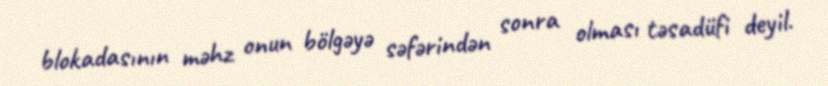
blokadasının məhz onun bölgəyə səfərindən sonra olması təsadüfi deyil.